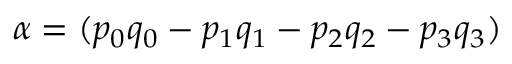
\alpha = ( p _ { 0 } q _ { 0 } - p _ { 1 } q _ { 1 } - p _ { 2 } q _ { 2 } - p _ { 3 } q _ { 3 } )